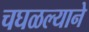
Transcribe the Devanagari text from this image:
चघळल्याने